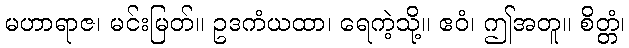
မဟာရာဇ၊ မင်းမြတ်။ ဥဒကံယထာ၊ ရေကဲ့သို့။ ဧဝံ၊ ဤအတူ။ စိတ္တံ၊